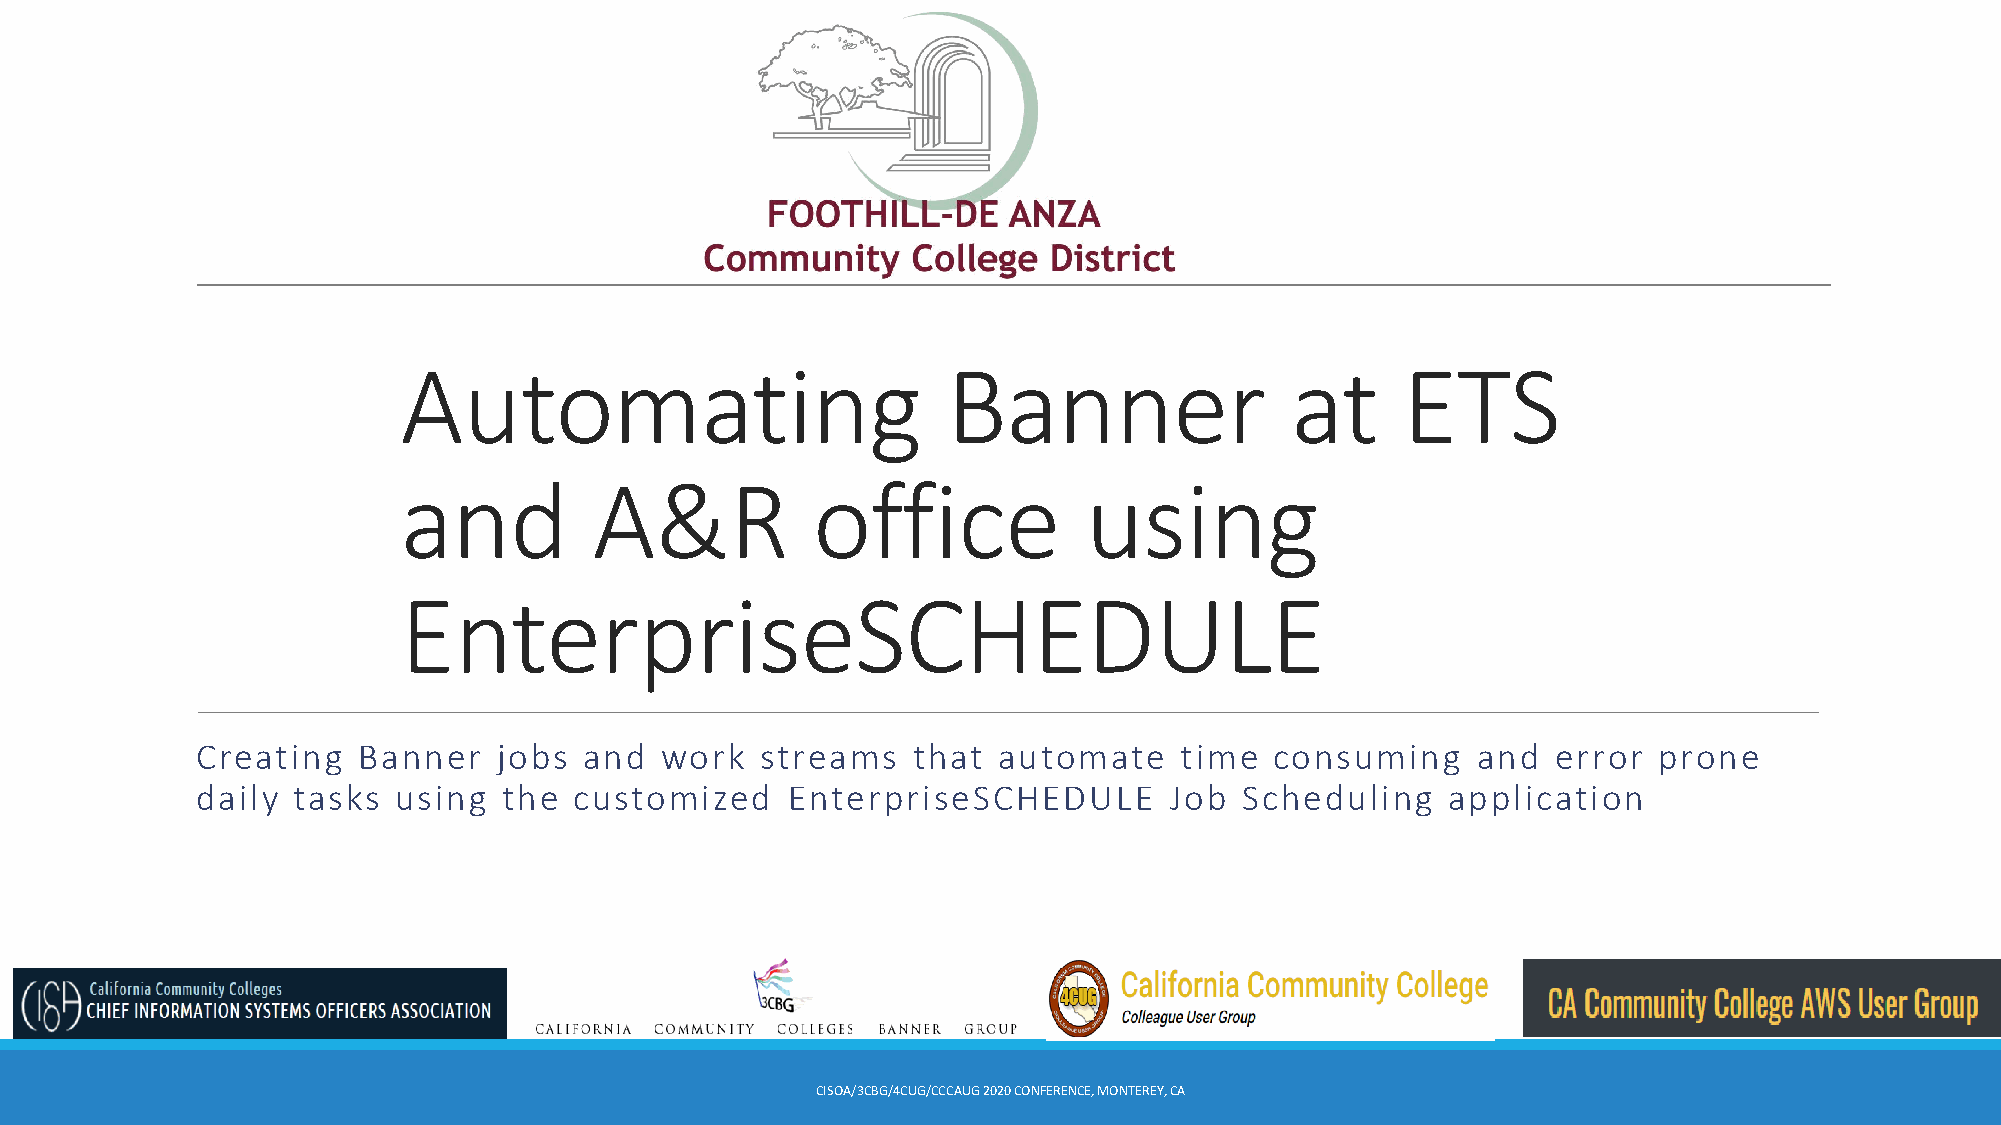
Automating                           Banner                at      ETS
 and          A&R            office            using
 EnterpriseSCHEDULE
 Creating   Banner   jobs  and  work  streams   that  automate    time  consuming     and  error  prone
 daily tasks  using  the  customized    EnterpriseSCHEDULE       Job  Scheduling    application
 CISOA/3CBG/4CUG/CCCAUG2020 CONFERENCE, MONTEREY, CA